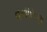
વનાસણ